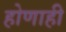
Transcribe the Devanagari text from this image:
होणाही